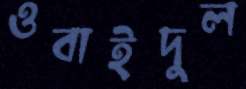
ওবাইদুল